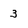
Character: 3